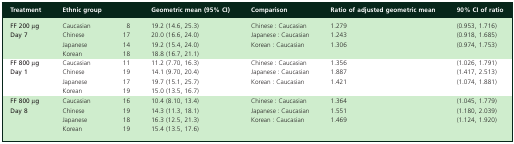
<table><thead><tr><td><b>Treatment</b></td><td><b>Ethnic group</b></td><td></td><td><b>Geometric mean (95% CI)</b></td><td><b>Comparison</b></td><td><b>Ratio of adjusted geometric mean</b></td><td><b>90% CI of ratio</b></td></tr></thead><tbody><tr><td><b>FF 200 μg</b><b>Day 7</b></td><td>Caucasian Chinese Japanese Korean</td><td>8 17 14 18</td><td>19.2 (14.6, 25.3) 20.0 (16.6, 24.0) 19.2 (15.4, 24.0) 18.8 (16.7, 21.1)</td><td>Chinese : Caucasian Japanese : Caucasian Korean : Caucasian</td><td>1.279 1.243 1.306</td><td>(0.953, 1.716) (0.918, 1.685) (0.974, 1.753)</td></tr><tr><td><b>FF 800 μg</b><b>Day 1</b></td><td>Caucasian Chinese Japanese Korean</td><td>11 19 17 19</td><td>11.2 (7.70, 16.3) 14.1 (9.70, 20.4) 19.7 (15.1, 25.7) 15.0 (13.5, 16.7)</td><td>Chinese : Caucasian Japanese : Caucasian Korean : Caucasian</td><td>1.356 1.887 1.421</td><td>(1.026, 1.791) (1.417, 2.513) (1.074, 1.881)</td></tr><tr><td><b>FF 800 μg</b><b>Day 8</b></td><td>Caucasian Chinese Japanese Korean</td><td>16 19 18 19</td><td>10.4 (8.10, 13.4) 14.3 (11.3, 18.1) 16.3 (12.5, 21.3) 15.4 (13.5, 17.6)</td><td>Chinese : Caucasian Japanese : Caucasian Korean : Caucasian</td><td>1.364 1.551 1.469</td><td>(1.045, 1.779) (1.180, 2.039) (1.124, 1.920)</td></tr></tbody></table>